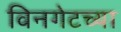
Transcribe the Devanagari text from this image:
विनगेटच्या